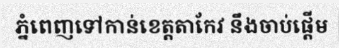
ភ្នំពេញទៅកាន់ខេត្តតាកែវ នឹងចាប់ផ្តើម